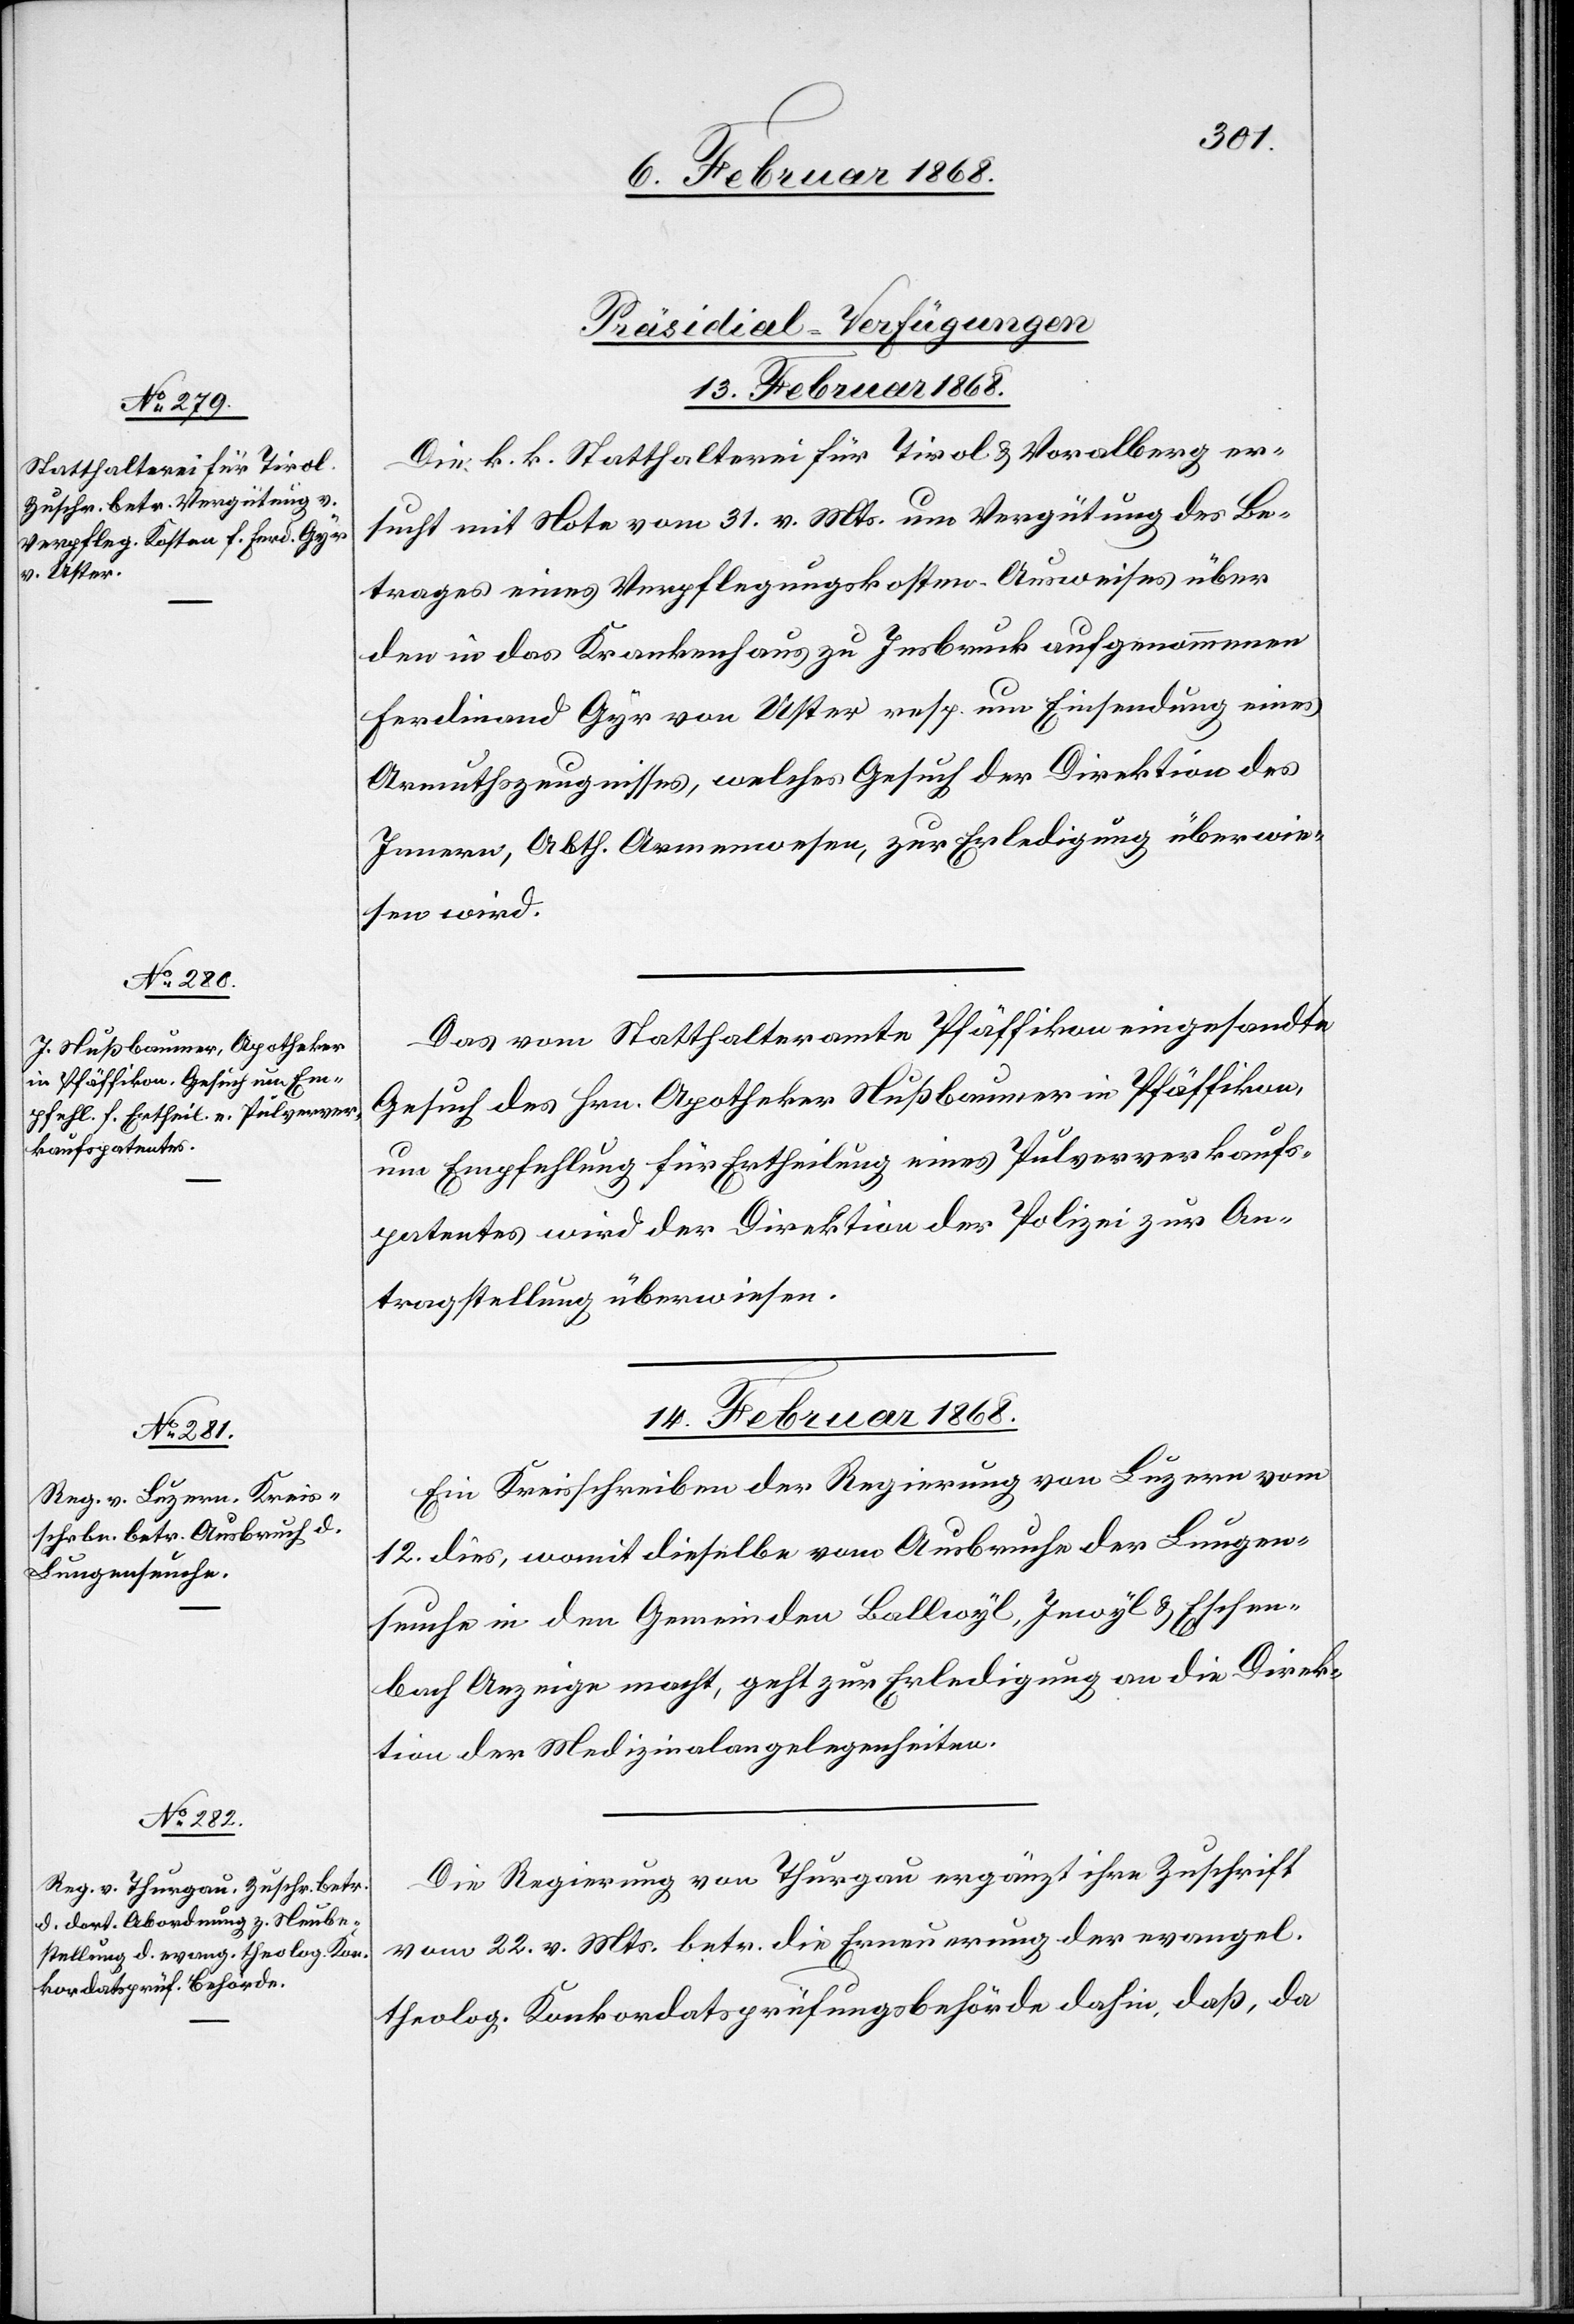
[Präsidial-Verfügungen
13. Februar 1868.]
Die k. k. Statthalterei für Tirol & Voralberg er¬
sucht mit Note vom 31. v. Mts. um Vergütung des Be¬
trages eines Verpflegungskosten-Ausweises über
den in das Krankenhaus zu Insbruck aufgenommenen
Ferdinand Gyr von Uster resp. um Einsendung eines
Armuthszeugnisses, welches Gesuch der Direktion des
Innern, Abth. Armenwesen, zur Erledigung überwie¬
sen wird.
Das vom Statthalteramte Pfäffikon eingesandte
Gesuch des Hrn. Apotheker Nußbaumer in Pfäffikon,
um Empfehlung für Ertheilung eines Pulververkaufs¬
patentes wird der Direktion der Polizei zur An¬
tragstellung überwiesen.
14. Februar 1868.]
Ein Kreisschreiben der Regierung von Luzern vom
12. dies, womit dieselbe vom Ausbruche der Lungen¬
seuche in den Gemeinden Ballwyl, Inwyl & Eschen¬
bach Anzeige macht, geht zur Erledigung an die Direk¬
tion der Medizinalangelegenheiten.
Die Regierung von Thurgau ergänzt ihre Zuschrift
vom 22. v. Mts. betr. die Erneuerung der evangel.
theolog. Konkordatsprüfungsbehörde dahin, daß, da